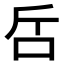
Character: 𠯓